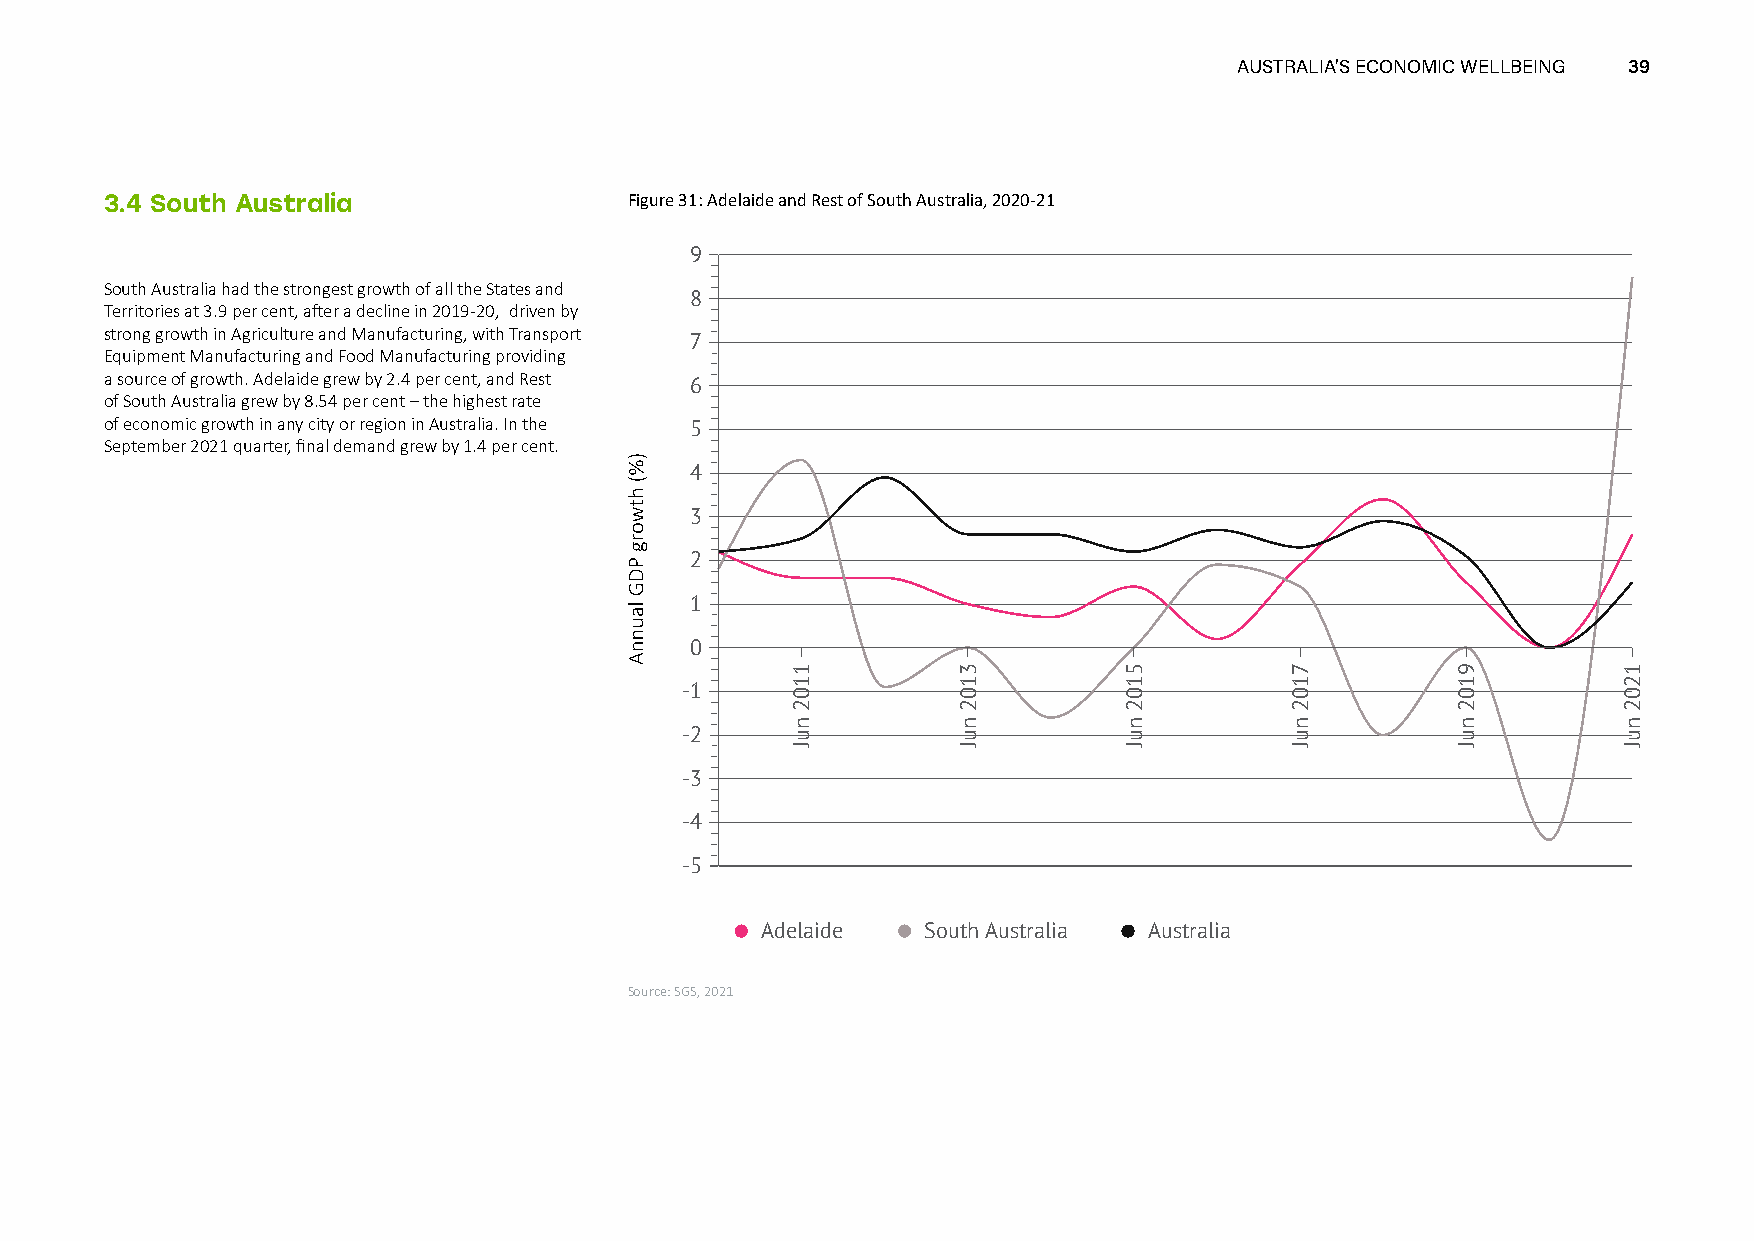
AUSTRALIA’S ECONOMIC WELLBEING 39
 3.4 South Australia                Figure 31: Adelaide and Rest of South Australia, 2020-21
 9
 South Australia had the strongest growth of all the States and
 8
 Territories at 3.9 per cent, after a decline in 2019-20, driven by
 strong growth in Agriculture and Manufacturing, with Transport
 7
 Equipment Manufacturing and Food Manufacturing providing
 a source of growth. Adelaide grew by 2.4 per cent, and Rest 6
 of South Australia grew by 8.54 per cent – the highest rate
 of economic growth in any city or region in Australia. In the 5
 September 2021 quarter, final demand grew by 1.4 per cent.
 4
 3
 2
 1
 0
 -1
 -2
 -3
 -4
 -5
 Adelaide   South Australia Australia
 Source: SGS, 2021
 1102
 nuJ
 3102
 nuJ
 5102
 nuJ
 7102
 nuJ
 9102
 nuJ
 1202
 nuJ